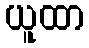
ယူထာ